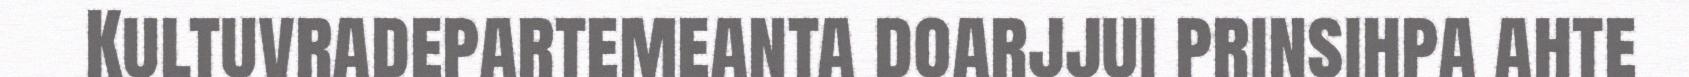
Kultuvradepartemeanta doarjjui prinsihpa ahte